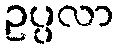
ဥပ္ပလာ